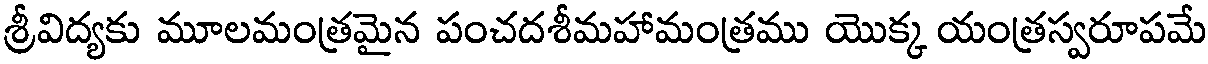
శ్రీవిద్యకు మూలమంత్రమైన పంచదశీమహామంత్రము యొక్క యంత్రస్వరూపమే